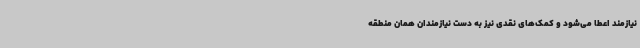
نیازمند اعطا می‌شود و کمک‌های نقدی نیز به دست نیازمندان همان منطقه